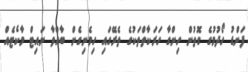
ފަންޑު ހޯދުމުގެ ގޮތުން ހިންގާ ހަރަކާތްތަކުގެ ތެރޭގައި ހިމެނިގެން ބާއްވާ ނައިޓް މާކެޓެއް